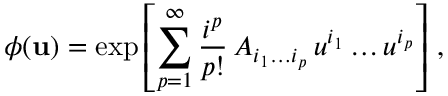
\phi ( { \bf u } ) = \exp \left[ \sum _ { p = 1 } ^ { \infty } { \frac { i ^ { p } } { p ! } } \, A _ { i _ { 1 } \dots i _ { p } } \, u ^ { i _ { 1 } } \dots u ^ { i _ { p } } \right] \, ,